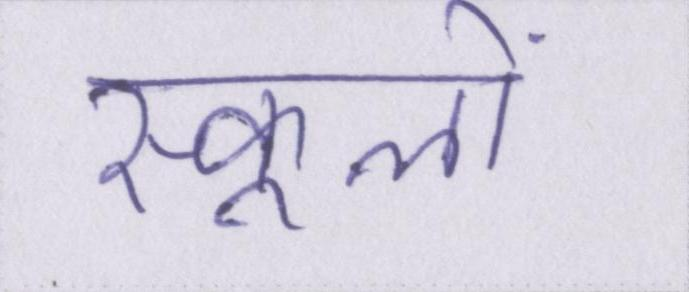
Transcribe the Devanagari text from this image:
स्कूलों